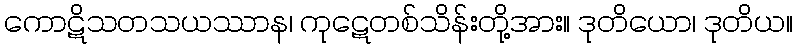
ကောဋိသတသယဿာန၊ ကုဋေတစ်သိန်းတို့အား။ ဒုတိယော၊ ဒုတိယ။